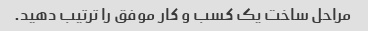
مراحل ساخت یک کسب و کار موفق را ترتیب دهید.